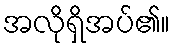
အလိုရှိအပ်၏။